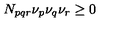
N _ { p q r } \nu _ { p } \nu _ { q } \nu _ { r } \geq 0